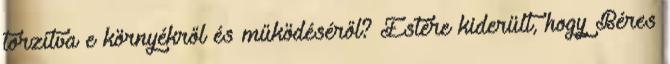
torzítva e környékről és működéséről? Estére kiderült, hogy Béres